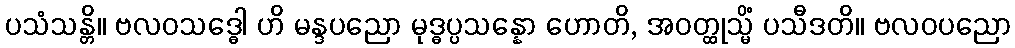
ပသံသန္တိ။ ဗလဝသဒ္ဓေါ ဟိ မန္ဒပညော မုဒ္ဓပ္ပသန္နော ဟောတိ, အဝတ္ထုသ္မိံ ပသီဒတိ။ ဗလဝပညော